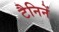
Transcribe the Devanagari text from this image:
टैनिनें